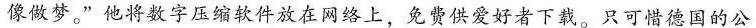
像做梦，”他将数字压缩软件放在网络上，免费供爱好者下载。只可惜德国的公